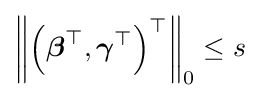
\left\|\left({\boldsymbol {\beta }}^{\top },{\boldsymbol {\gamma }}^{\top }\right)^{\top }\right\|_{0}\leq s